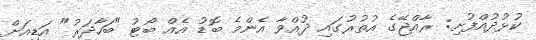
ކުޅުދުއްފުށި: ރާއްޖޭގެ އުތުރުގައި ދުއްވާ އެންމެ ބޮޑު އެއް ބޯޓު "ބަހާދަރު" އަޑިއަށް